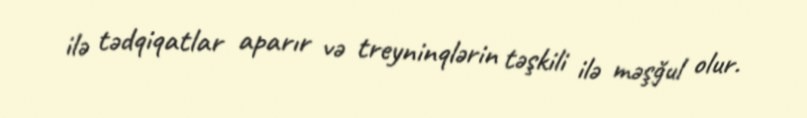
ilə tədqiqatlar aparır və treyninqlərin təşkili ilə məşğul olur.